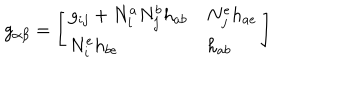
g _ { \alpha \beta } = \left[ \begin{array} { l l } { { g _ { i j } + N _ { i } ^ { a } N _ { j } ^ { b } h _ { a b } } } & { { N _ { j } ^ { e } h _ { a e } } } \\ { { N _ { i } ^ { e } h _ { b e } } } & { { h _ { a b } } } \\ \end{array} \right]